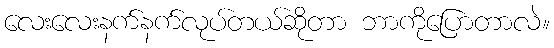
လေးလေးနက်နက်လုပ်တယ်ဆိုတာ ဘာကိုပြောတာလဲ။